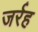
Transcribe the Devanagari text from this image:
जर्रह